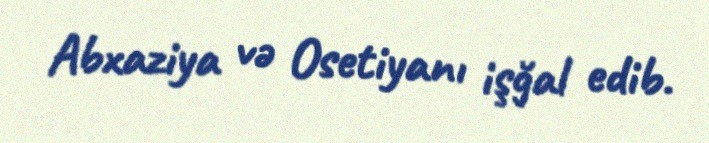
Abxaziya və Osetiyanı işğal edib.